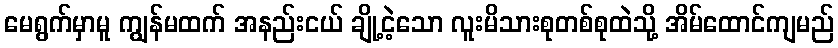
မေရွက်မှာမူ ကျွန်မထက် အနည်းငယ် ချို့ငဲ့သော လူးမိသားစုတစ်စုထဲသို့ အိမ်ထောင်ကျမည်